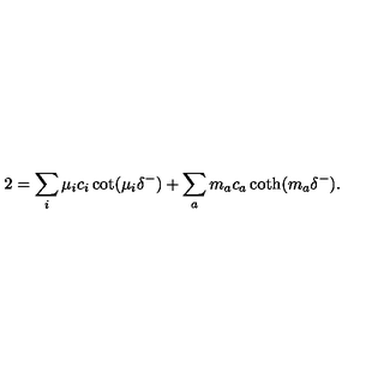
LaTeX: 2 = \sum _ { i } \mu _ { i } c _ { i } \cot ( \mu _ { i } \delta ^ { - } ) + \sum _ { a } m _ { a } c _ { a } \coth ( m _ { a } \delta ^ { - } ) .